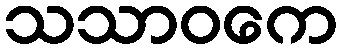
သသာဝကေ